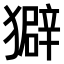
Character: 𤢣